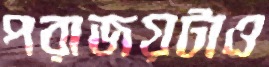
পরাজয়টাও